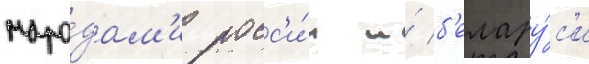
наро́дам'и росс'и́и и́ б'елару́с'и